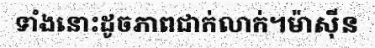
ទាំងនោះដូចភាពជាក់លាក់។ម៉ាស៊ីន